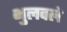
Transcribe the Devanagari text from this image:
भुलवले